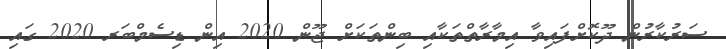
ސަރުކާރުން ދޫކޮށްފައިވާ އިމާރާތްތަކާއި ބިންތަކަށް ޖޫން 2020 އިން ޑިސެމްބަރ 2020 ގައި